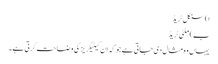
ا) سنگل ٹریڈ
ب) ملٹی ٹریڈ
یہاں وہ مثال دی جاتی ہے جو کہ ان کیٹیگریز کی وضاحت کرتی ہے۔